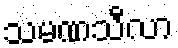
သမဏသီလာ